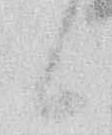
候